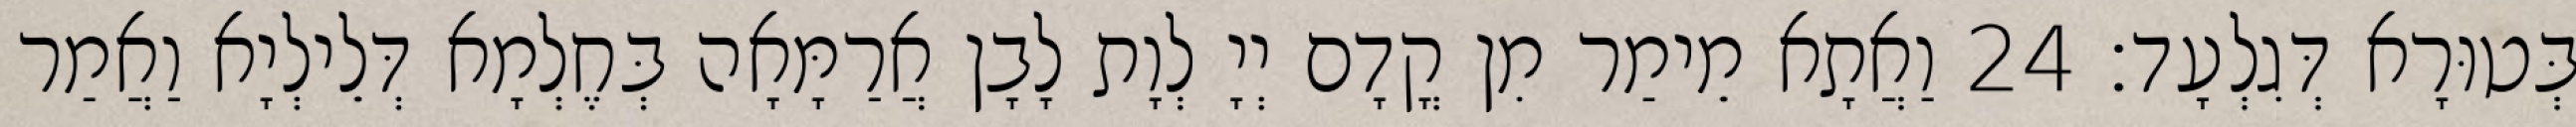
בְּטוּרָא דְּגִלְעָד׃ 24 וַאֲתָא מֵימַר מִן קֳדָם יְיָ לְוָת לָבָן אֲרַמָּאָה בְּחֶלְמָא דְּלֵילְיָא וַאֲמַר